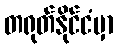
တရုတ်နိုင်ငံမှာ